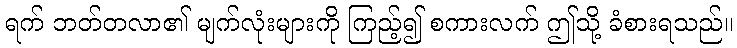
ရက် ဘတ်တလာ၏ မျက်လုံးများကို ကြည့်၍ စကားလက် ဤသို့ ခံစားရသည်။